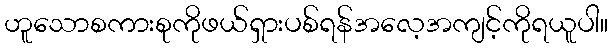
ဟူသောစကားစုကိုဖယ်ရှားပစ်ရန်အလေ့အကျင့်ကိုရယူပါ။